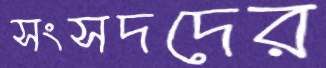
সংসদদের